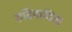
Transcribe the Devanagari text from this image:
रुढ़िवादिता